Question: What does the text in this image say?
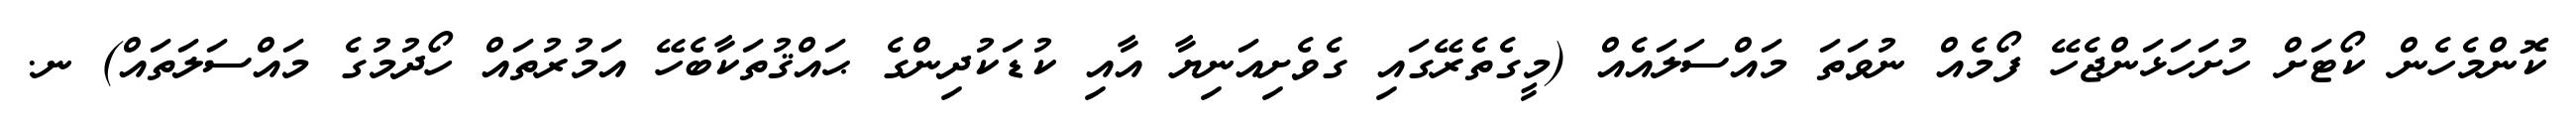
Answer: ކޮންމެހެން ކޯޓަށް ހުށަހަޅަންޖެހޭ ފޯމެއް ނުވަތަ މައްސަލައެއް (މީގެތެރޭގައި ގެވެށިއަނިޔާ އާއި ކުޑަކުދިންގެ ޙައްޤުތަކާބެހޭ އަމުރުތައް ހޯދުމުގެ މައްސަލަތައް) ނ.